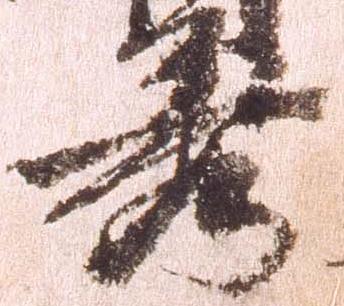
秀